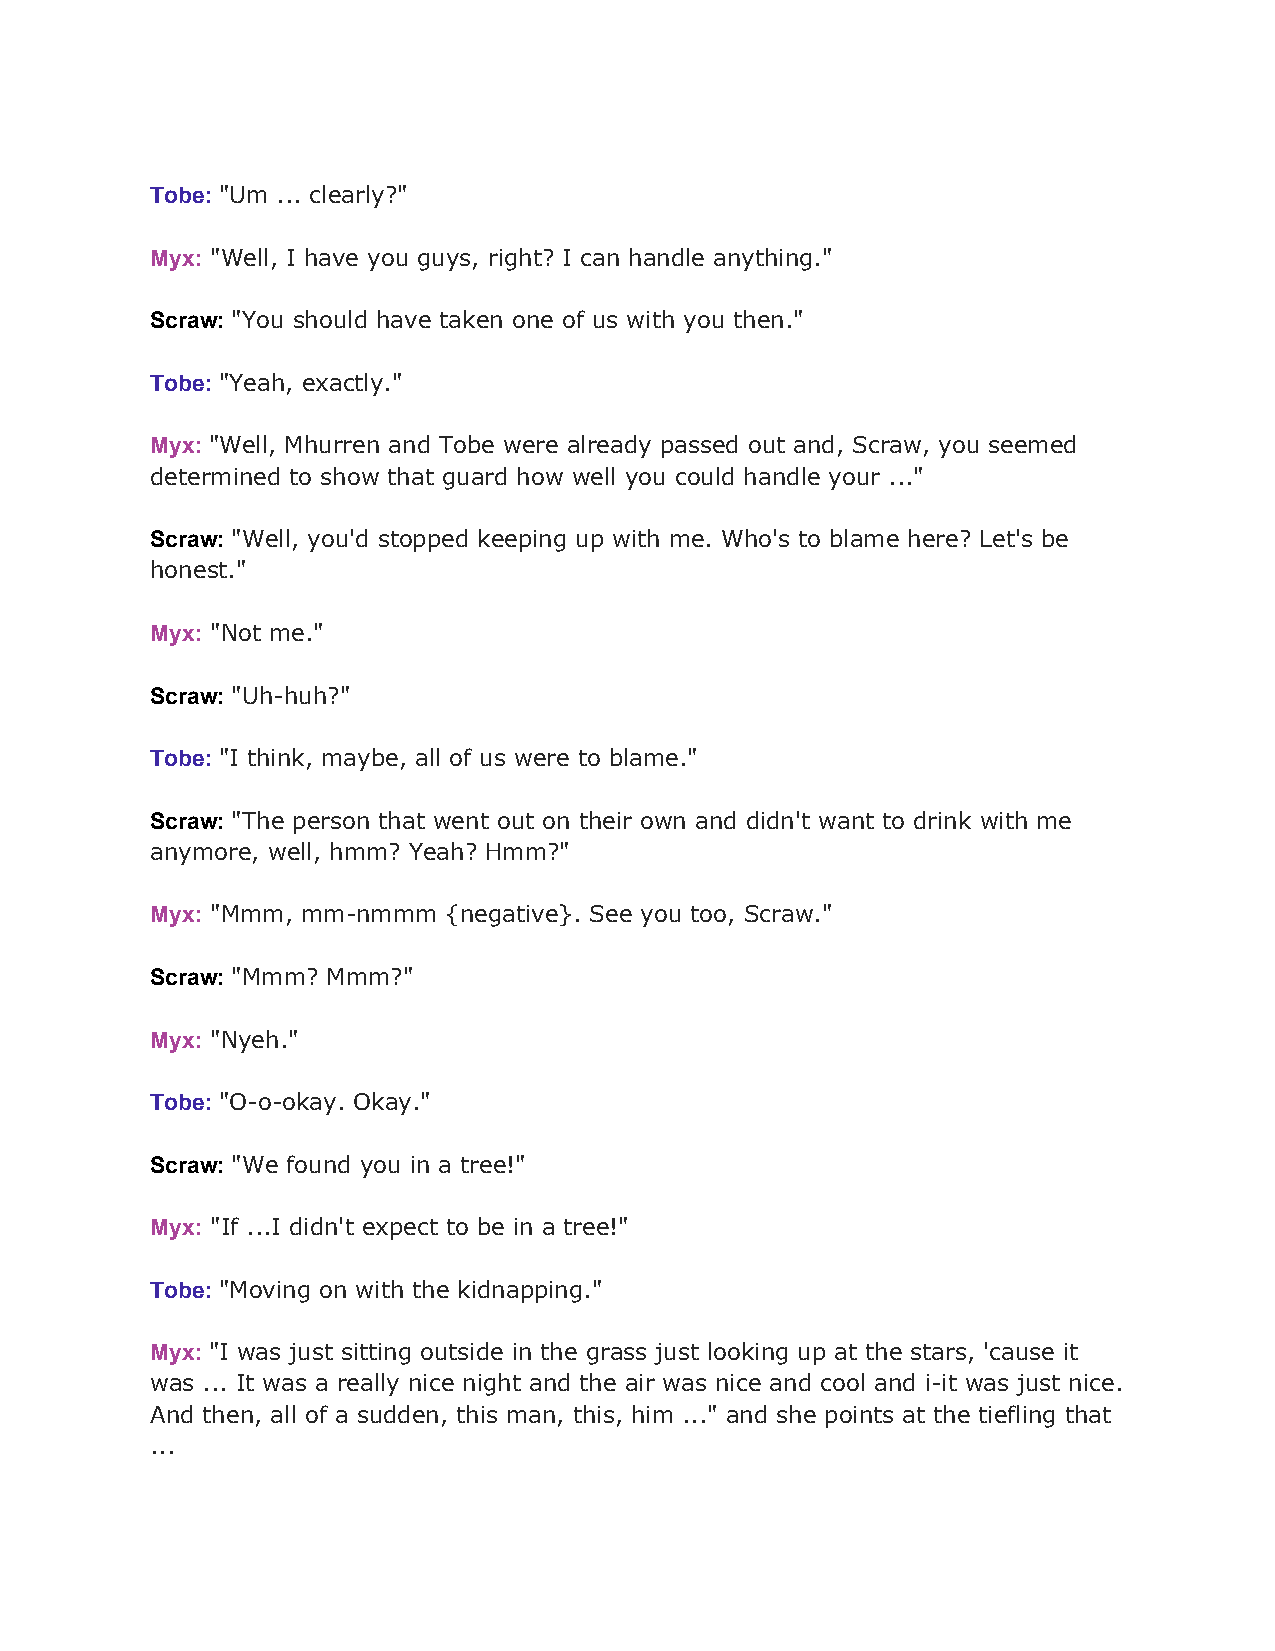
Tobe: "Um ... clearly?"
 ​
 Myx: "Well, I have you guys, right? I can handle anything."
 ​
 Scraw: "You should have taken one of us with you then."
 ​
 Tobe: "Yeah, exactly."
 ​
 Myx: "Well, Mhurren and Tobe were already passed out and, Scraw, you seemed
 ​
 determined to show that guard how well you could handle your ..."
 Scraw: "Well, you'd stopped keeping up with me. Who's to blame here? Let's be
 ​
 honest."
 Myx: "Not me."
 ​
 Scraw: "Uh-huh?"
 ​
 Tobe: "I think, maybe, all of us were to blame."
 ​
 Scraw: "The person that went out on their own and didn't want to drink with me
 ​
 anymore, well, hmm? Yeah? Hmm?"
 Myx: "Mmm, mm-nmmm {negative}. See you too, Scraw."
 ​
 Scraw: "Mmm? Mmm?"
 ​
 Myx: "Nyeh."
 ​
 Tobe: "O-o-okay. Okay."
 ​
 Scraw: "We found you in a tree!"
 ​
 Myx: "If ...I didn't expect to be in a tree!"
 ​
 Tobe: "Moving on with the kidnapping."
 ​
 Myx: "I was just sitting outside in the grass just looking up at the stars, 'cause it
 ​
 was ... It was a really nice night and the air was nice and cool and i-it was just nice.
 And then, all of a sudden, this man, this, him ..." and she points at the tiefling that
 ...